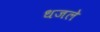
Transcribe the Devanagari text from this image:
धजले